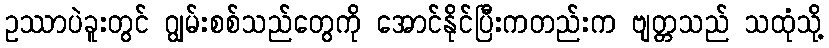
ဥဿာပဲခူးတွင် ဂျွမ်းစစ်သည်တွေကို အောင်နိုင်ပြီးကတည်းက ဗျတ္တသည် သထုံသို့